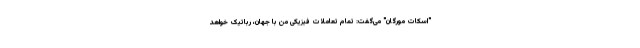
"اسکات مورگان" می‌گفت: تمام تعاملات فیزیکی من با جهان، رباتیک خواهد